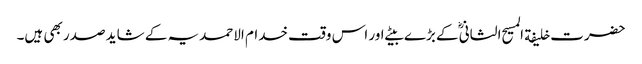
حضرت خلیفة المسیح الثانیؓ کے بڑے بیٹے اور اس وقت خدام الاحمدیہ کے شاید صدر بھی ہیں۔